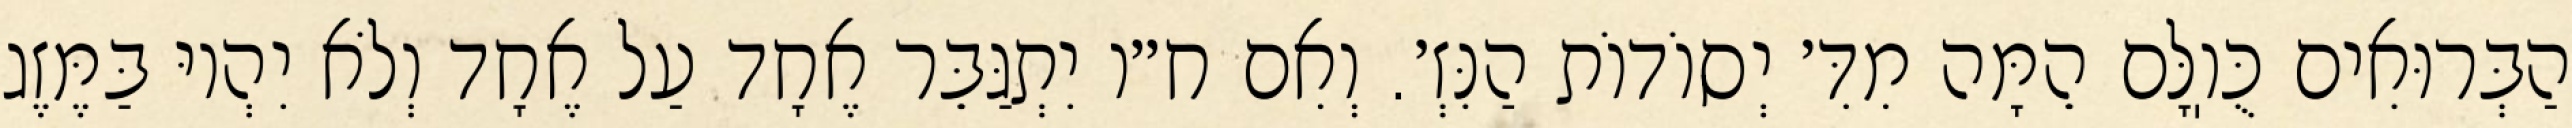
הַבְּרוּאִים כֻּוֽלָּם הֵמָּה מִדִּ׳ יְסוֹדוֹת הַנִּזְ׳. וְאִם ח״ו יִתְגַּבֵּר אֶחָד עַל אֶחָד וְלֹא יִהְיוּ בַּמֶּזֶג